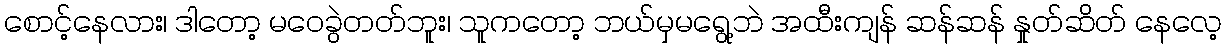
စောင့်နေလား၊ ဒါတော့ မဝေခွဲတတ်ဘူး၊ သူကတော့ ဘယ်မှမရွေ့ဘဲ အထီးကျန် ဆန်ဆန် နှုတ်ဆိတ် နေလေ့